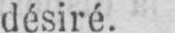
désiré.